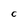
Character: c